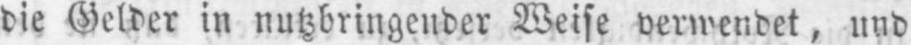
die Gelder in nutzbringender Weise verwendet, und